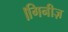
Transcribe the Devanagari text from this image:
।गिनीज़